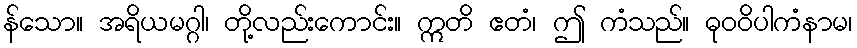
န်သော။ အရိယမဂ္ဂါ၊ တို့လည်းကောင်း။ ဣတိ ဧတံ၊ ဤ ကံသည်။ ဓုဝဝိပါကံနာမ၊